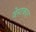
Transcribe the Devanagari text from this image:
वेस्टकार